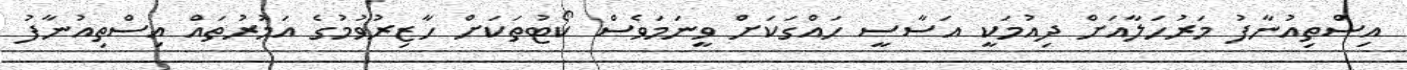
އިސްތިއުނާފު މަރުހަލާއަށް ދިއުމަކީ އަސާސީ ހައްގަކަށް ވީނަމަވެސް ކޯޓުތަކަށް ހާޒިރުވުމުގެ އަމުރުތައް އިސްތިއުނާފު